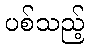
ပစ်သည့်